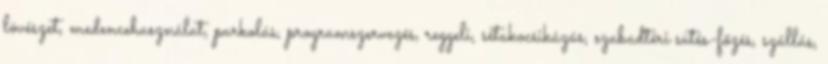
lövészet, medencehasználat, parkolás, programszervezés, reggeli, sétakocsikázás, szabadtéri sütés-főzés, szállás,